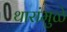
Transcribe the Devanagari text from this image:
थारांमुळे